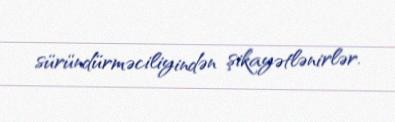
süründürməciliyindən şikayətlənirlər.